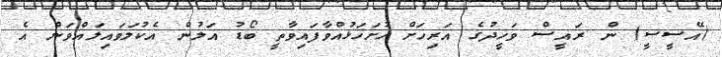
(އޭސީސީ) ން ރައީސް ވަހީދުގެ އަރިހަށް ހުށަހަޅުއްވާފައިވާތީ ބޯޑު އަލުން އެކުލަވައިލައްވަން އެ